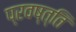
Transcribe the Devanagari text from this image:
प्रवष्त्ति